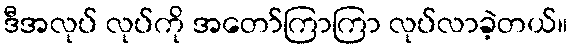
ဒီအလုပ် လုပ်ကို အတော်ကြာကြာ လုပ်လာခဲ့တယ်။